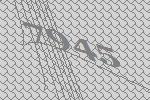
7945